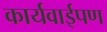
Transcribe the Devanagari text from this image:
कार्यवाईपण